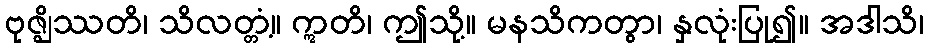
ဗုဇ္ဈိဿတိ၊ သိလတ္တံ့။ ဣတိ၊ ဤသို့။ မနသိကတွာ၊ နှလုံးပြု၍။ အဒါသိ၊